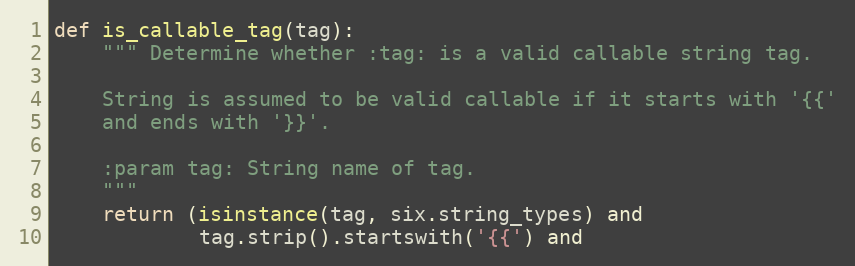
Language: Python
def is_callable_tag(tag):
    """ Determine whether :tag: is a valid callable string tag.

    String is assumed to be valid callable if it starts with '{{'
    and ends with '}}'.

    :param tag: String name of tag.
    """
    return (isinstance(tag, six.string_types) and
            tag.strip().startswith('{{') and